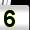
Digit: 5